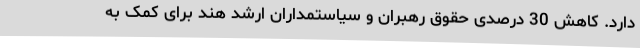
دارد. کاهش 30 درصدی حقوق رهبران و سیاستمداران ارشد هند برای کمک به